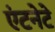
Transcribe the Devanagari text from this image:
एंटनेटे